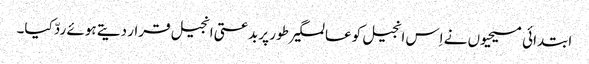
ابتدائی مسیحیوں نے اِس انجیل کو عالمگیر طور پر بدعتی انجیل قرار دیتے ہوئے ردّ کیا۔